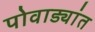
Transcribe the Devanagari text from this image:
पोवाड्यांत